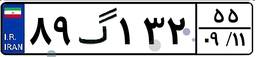
۸۹گ۱۳۲۵۵